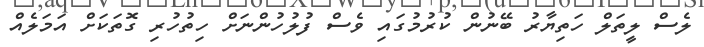
ލެސް ލީތަލް ހަތިޔާރު ބޭނުން ކުރުމުގައި ވެސް ފުލުހުންނަށް ހިތުހުރި ގޮތަކަށް އަމަލެއް